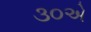
૩૦એ